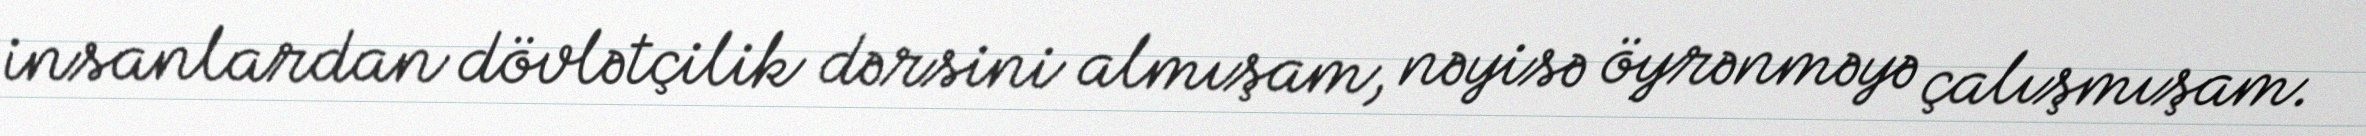
insanlardan dövlətçilik dərsini almışam, nəyisə öyrənməyə çalışmışam.